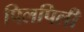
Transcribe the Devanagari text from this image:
पिलपिली